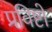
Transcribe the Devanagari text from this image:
प्रविष्टो